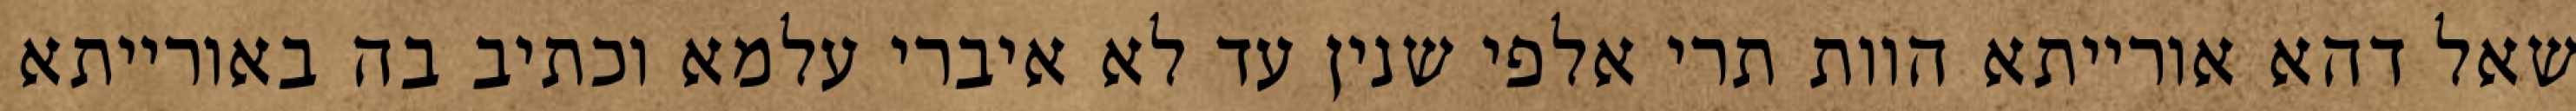
שאל דהא אורייתא הוות תרי אלפי שנין עד לא איברי עלמא וכתיב בה באורייתא